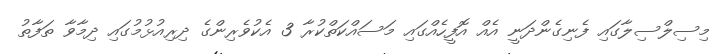
މިސިލްސިލާގައި ފެނިގެންދަނީ އެއް އޮފީހެއްގައި މަސައްކަތްކުރާ 3 އެކުވެރިންގެ ދިރިއުޅުމުގައި ދިމާވާ ތަފާތު